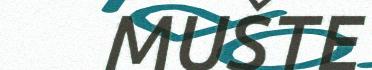
MUŠTE